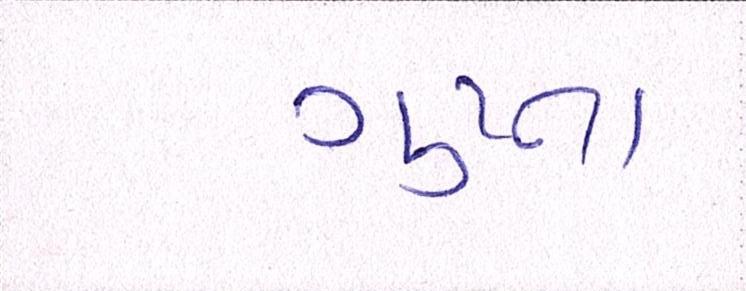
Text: ગુપ્તા